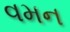
વમન